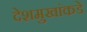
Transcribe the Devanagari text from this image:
देशमुखांकडे